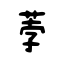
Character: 荸